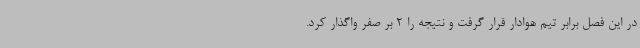
در این فصل برابر تیم هوادار قرار گرفت و نتیجه را 2 بر صفر واگذار کرد.